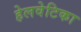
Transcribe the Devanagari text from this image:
हेलवेटिका